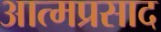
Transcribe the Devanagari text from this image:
आत्मप्रसाद